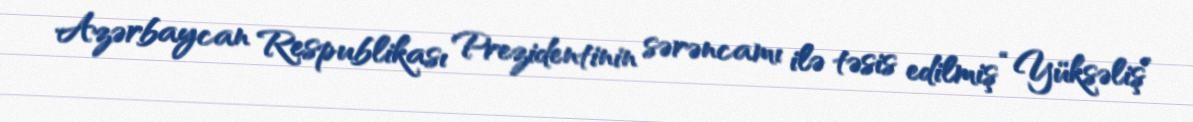
Azərbaycan Respublikası Prezidentinin sərəncamı ilə təsis edilmiş “Yüksəliş”